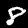
Digit: 8